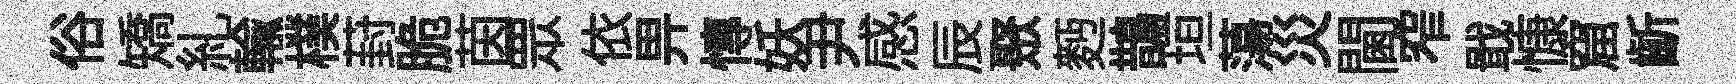
俗矯糺輸樸葑脆茵眾依畀慱妖尹感辰聚麪鵲垣蕩災閫窄戢慷窟齗